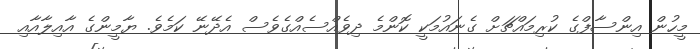
މީހުން އިންސާފްގެ ކުރިމައްޗަށް ގެނައުމަކީ ކޮންމެ ދިވެއްސެއްގެވެސް އެދޭނޭ ކަމެވެ. ޔާމީންގެ އާއިލާއާއި